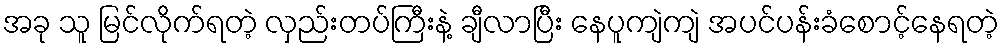
အခု သူ မြင်လိုက်ရတဲ့ လှည်းတပ်ကြီးနဲ့ ချီလာပြီး နေပူကျဲကျဲ အပင်ပန်းခံစောင့်နေရတဲ့